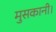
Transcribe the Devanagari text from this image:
मुसकानी।